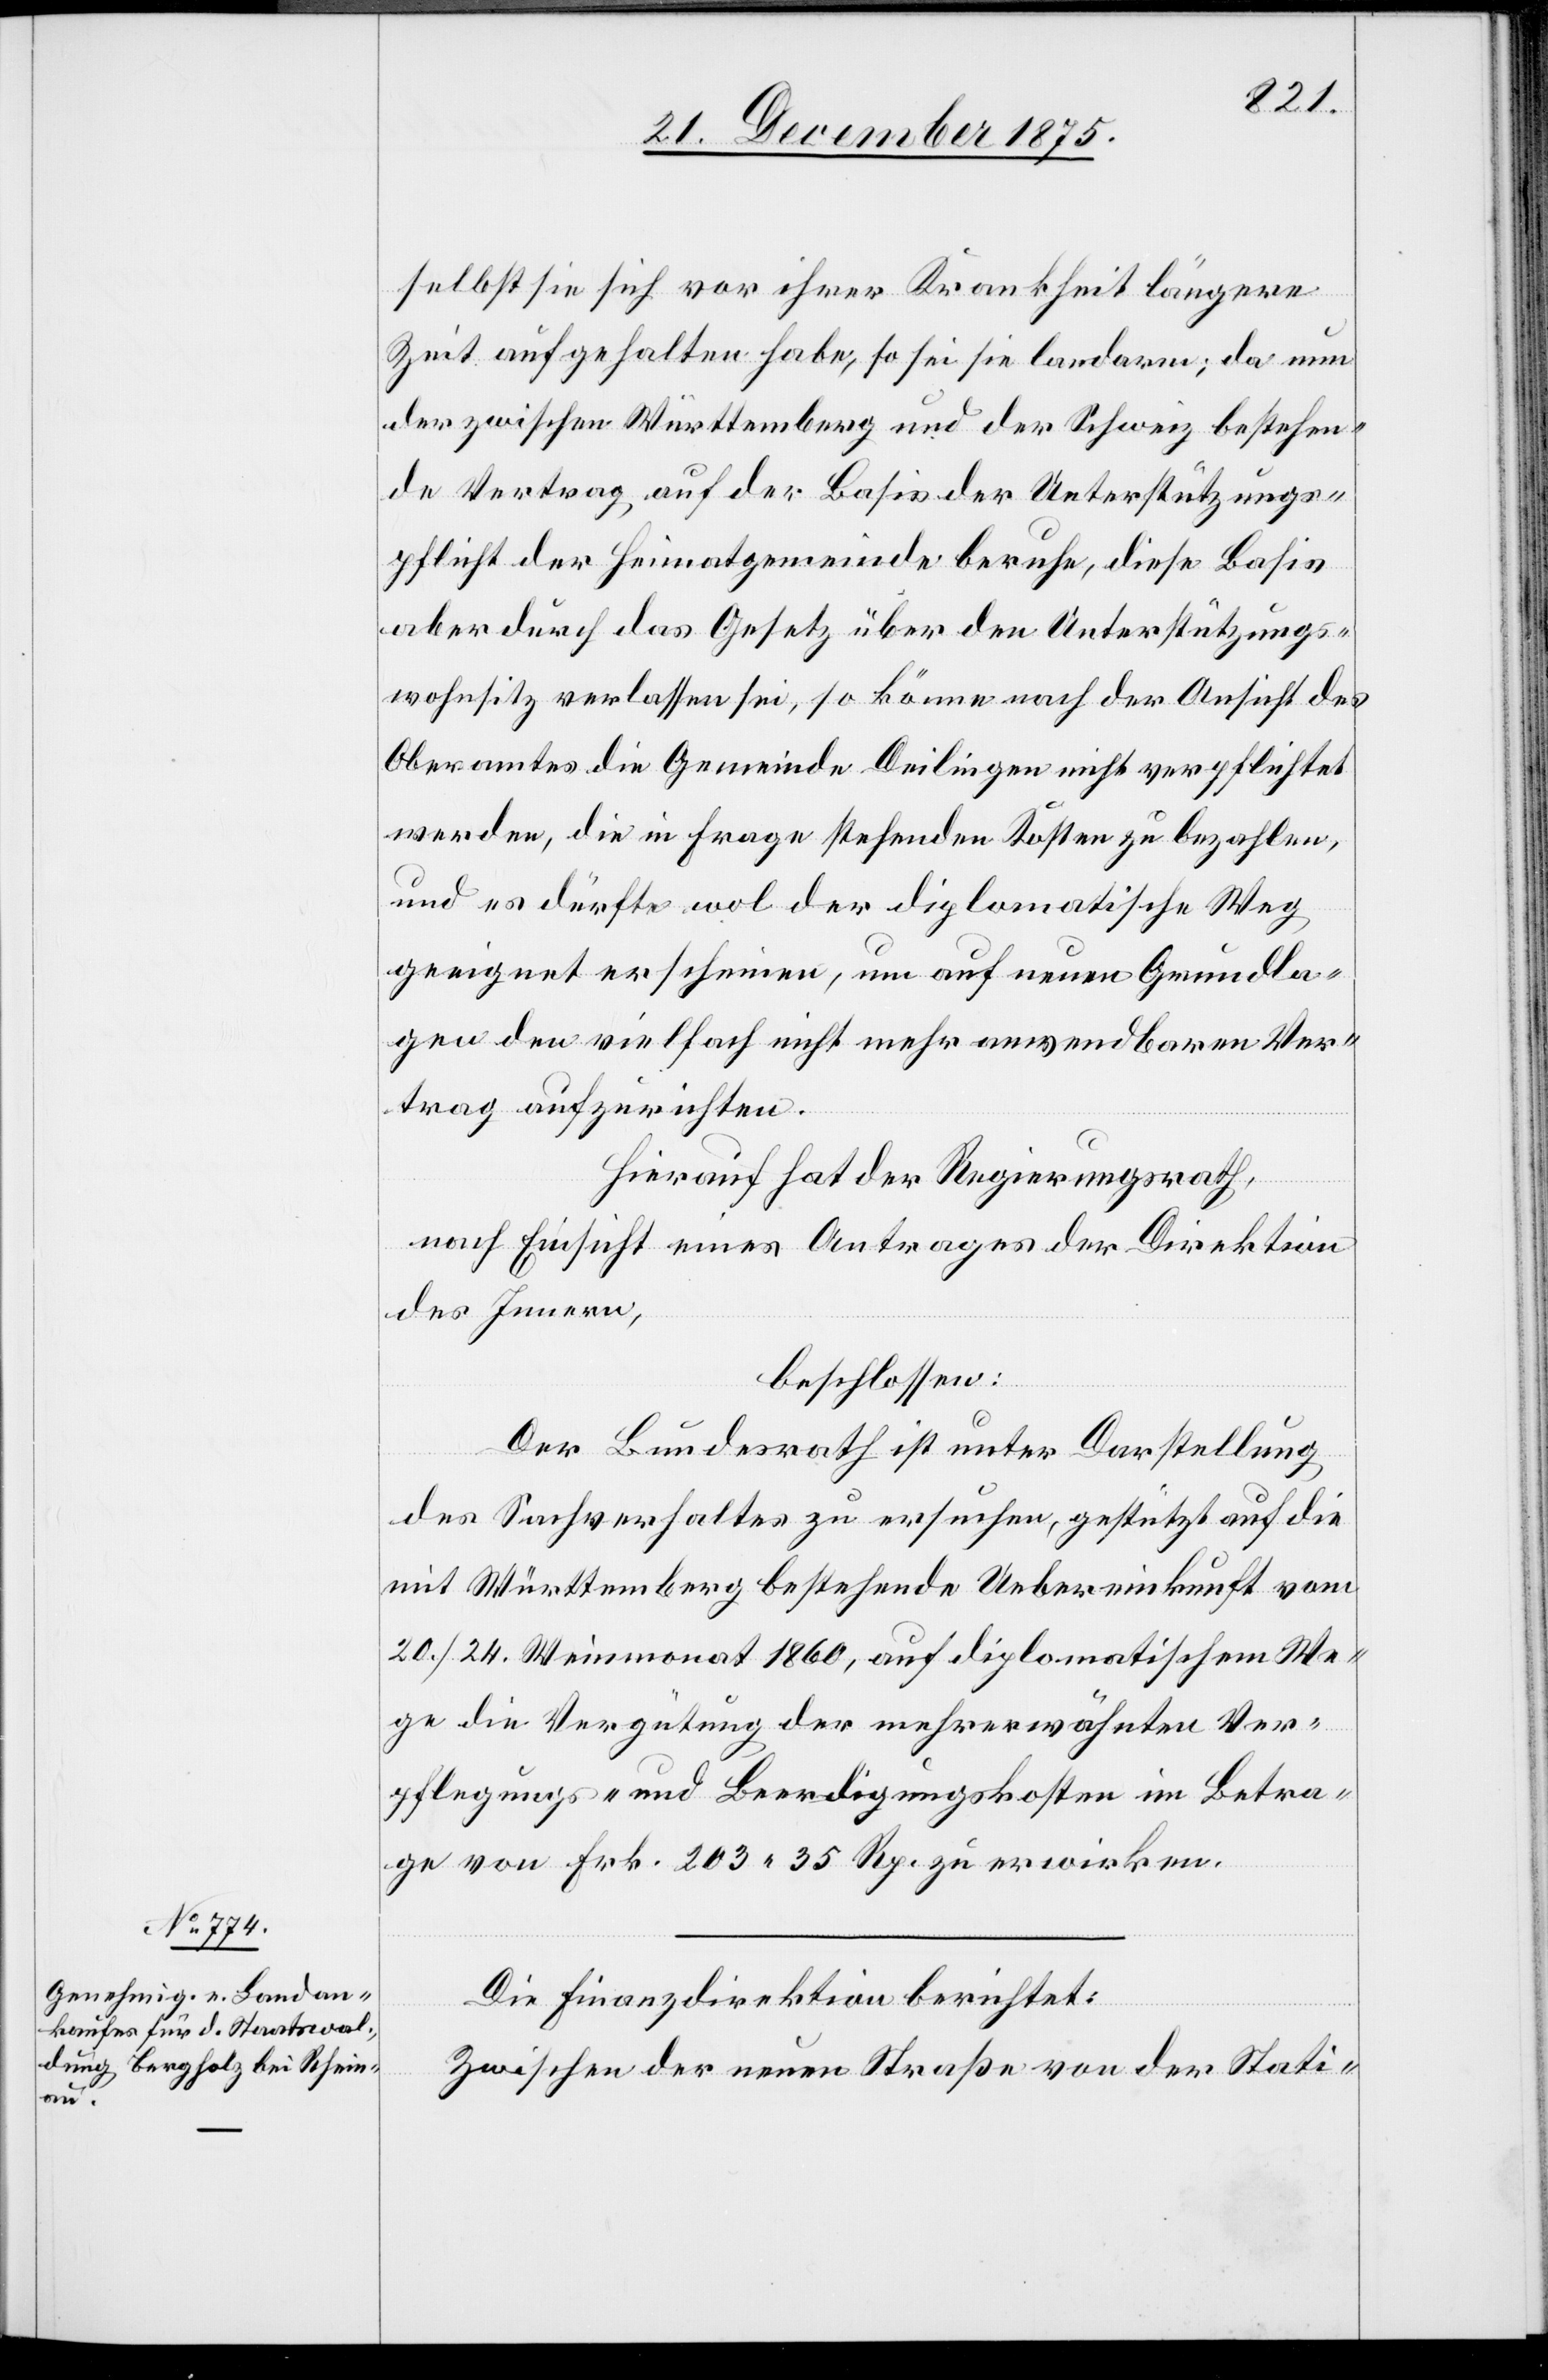
selbst sie sich vor ihrer Krankheit längere
Zeit aufgehalten habe, so sei sie landarm; da nun
der zwischen Württemberg und der Schweiz bestehen¬
de Vertrag, auf der Basis der Unterstützungs¬
pflicht der Heimatgemeinde beruhe, diese Basis
aber durch das Gesetz über den Unterstützungs¬
wohnsitz verlassen sei, so könne nach der Ansicht des
Oberamtes die Gemeinde Deilingen nicht verpflichtet
werden, die in Frage stehenden Kosten zu bezahlen,
und es dürfte wol der diplomatische Weg
geeignet erscheinen, um auf neuen Grundla¬
gen den vielfach nicht mehr anwendbaren Ver¬
trag aufzurichten.
Hierauf hat der Regierungsrath,
nach Einsicht eines Antrages der Direktion
des Innern,
beschlossen:
Der Bundesrath ist unter Darstellung
des Sachverhaltes zu ersuchen, gestützt auf die
mit Württemberg bestehende Uebereinkunft vom
20./24. Weinmonat 1860, auf diplomatischem We¬
ge die Vergütung der mehrerwähnten Ver¬
pflegungs- und Beerdigungskosten im Betra¬
ge von Frk. 203 35 Rp. zu erwirken.
Die Finanzdirektion berichtet:
Zwischen der neuen Straße von der Stati-